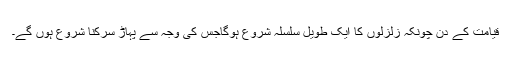
قیامت کے دن چونکہ زلزلوں کا ایک طویل سلسلہ شروع ہوگاجس کی وجہ سے پہاڑ سرکنا شروع ہوں گے۔